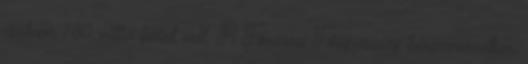
csaknem 780 millió forint volt. A Fővárosi Főügyészség bűnszervezetben,